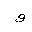
Letter: _waw